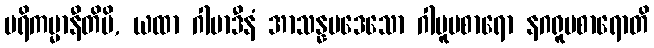
ပရိကမ္မာနီတိပိ, ယထာ ဂါမာဒီနံ အာသန္နပဒေသော ဂါမူပစာရော နဂရူပစာရောတိ